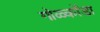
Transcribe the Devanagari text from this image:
गोळ्कोंडा